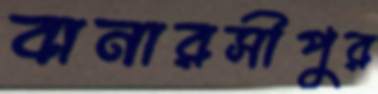
বানারসীপুর